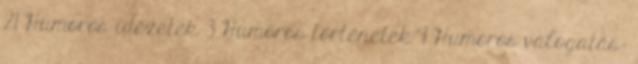
21 Humoros idézetek 3 Humoros történetek 9 Humoros válogatás: